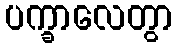
ပက္ခာလေတွာ